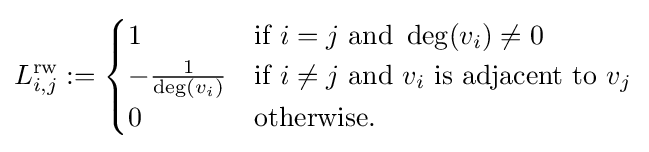
L_{i,j}^{\text{rw}}:={\begin{cases}1&{\mbox{if }}i=j{\mbox{ and }}\deg(v_{i})\neq 0\\-{\frac {1}{\deg(v_{i})}}&{\mbox{if }}i\neq j{\mbox{ and }}v_{i}{\mbox{ is adjacent to }}v_{j}\\0&{\mbox{otherwise}}.\end{cases}}